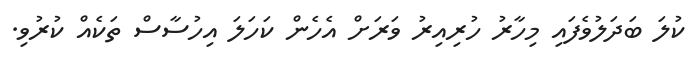
ކުލަ ބަދަލުވެފައި މިހާރު ހުރިއިރު ވަރަށް އެހެން ކަހަލަ އިހުސާސް ތަކެއް ކުރުވި.